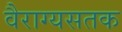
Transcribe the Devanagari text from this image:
वैराग्यसतक